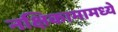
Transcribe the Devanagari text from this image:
नक्षिकामामध्ये